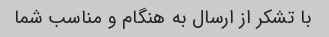
با تشکر از ارسال به هنگام و مناسب شما